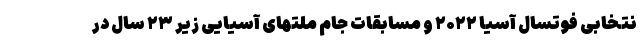
نتخابی فوتسال آسیا ۲۰۲۲ و مسابقات جام ملتهای آسیایی زیر ۲۳ سال در